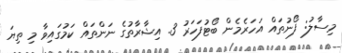
މިސާލު: ފޯނުތައް އަހަރެމެން ބޯޓުފަހަރު 3. އިޝާރާތުގެ ނަންތައް ކަމުގައިވާ މި ތިޔަ